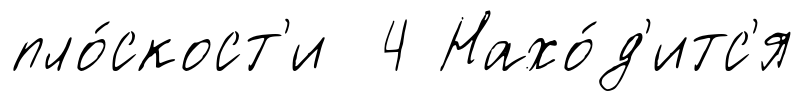
пло́скост'и 4 Нахо́д'итс'я